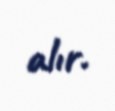
alır.